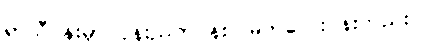
ရာသီပန်းမှာ ပုန်းညက်ပန်း၊ မြတ်လေးပန်းတည်း။